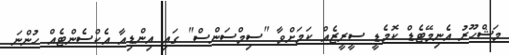
މަޝްހޫރު އެނިމޭޓެޑް ކޮމެޑީ ސީރީޒެއް ކަމަށްވާ "ސިމްސަންސް" ގައި އިންޑިއާ އެކްސެންޓެއް ހުންނަ